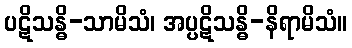
ပဋိသန္ဓိ-သာမိသံ၊ အပ္ပဋိသန္ဓိ-နိရာမိသံ။